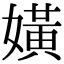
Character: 嫹